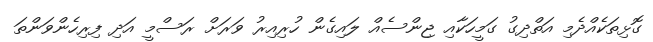
ގޮޅިތަކެއްދެމި އަތްދިގު ގަމީހަކާއި ޖިންސެއް ލައިގެން ހުރިއިރު ވަރަށް ރަސްމީ އަދި ފިރިހެންވަންތަ